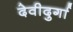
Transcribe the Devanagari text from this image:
देवीदुर्गा